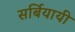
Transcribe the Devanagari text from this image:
सर्बियायी